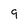
Character: 9